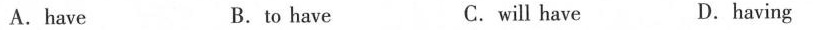
A.have B.to have C.will have D.having